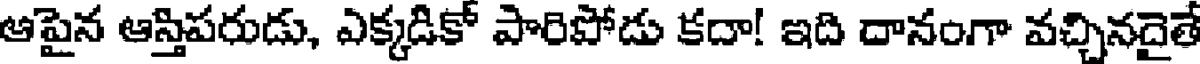
ఆపైన ఆస్తిపరుడు, ఎక్కడికో పారిపోడు కదా! ఇది దానంగా వచ్చినదైతే